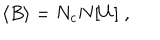
\langle B \rangle = N _ { c } N [ U ] \; ,